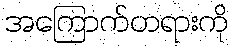
အကြောက်တရားကို